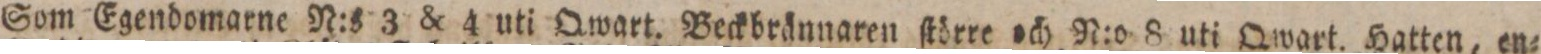
Som Egendomarne N:s 3 & 4 uti Qwart. Beckbrännaren ſtörre och N:o 8 uti Qwart. Hatten, en=